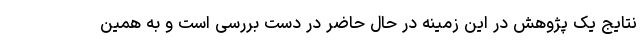
نتایج یک پژوهش در این زمینه در حال حاضر در دست بررسی است و به همین